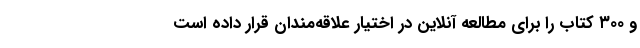
و ۳۰۰ کتاب را برای مطالعه آنلاین در اختیار علاقه‌مندان قرار داده است